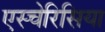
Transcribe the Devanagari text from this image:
एस्चेरिसिया